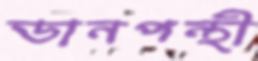
ডানপন্থী